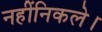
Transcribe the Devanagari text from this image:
नहींनिकले।